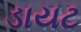
ડાયટ